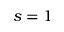
s = 1